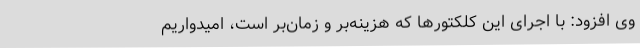
وی افزود: با اجرای این کلکتورها که هزینه‌بر و زمان‌بر است، امیدواریم